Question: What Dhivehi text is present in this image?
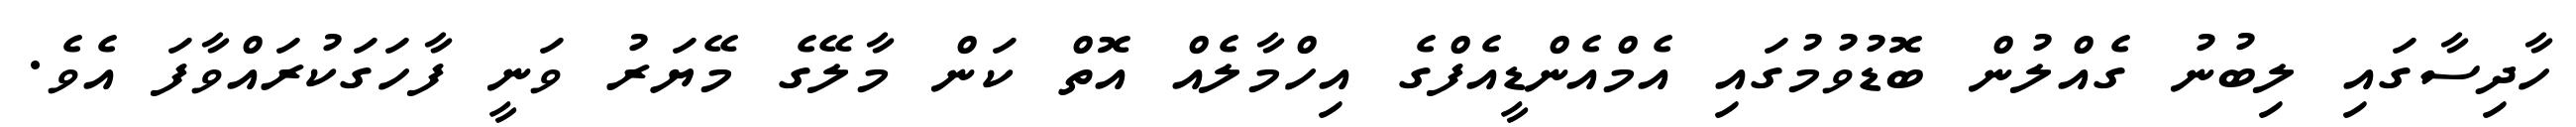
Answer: ހާދިސާގައި ލިބުނު ގެއްލުން ބޮޑުވުމުގައި އެމްއެންޑީއެފްގެ އިހްމާލެއް އޮތް ކަން މާލޭގެ މޭޔަރު ވަނީ ފާހަގަކުރައްވާފަ އެވެ.